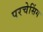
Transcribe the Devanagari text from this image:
परचेसिंग